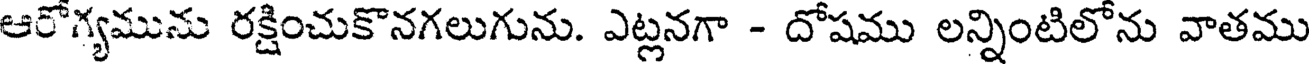
ఆరోగ్యమును రక్షించుకొనగలుగును. ఎట్లనగా - దోషము లన్నింటిలోను వాతము